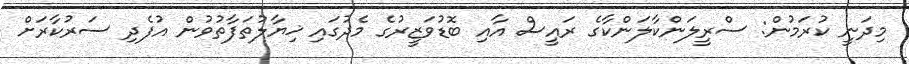
މިދަނީ ކުރަމުން: ސްރީލަންކާލަންކާގެ ރައީސް އާއި ބޮޑުވަޒީރުގެ މެދުގައި ޚިޔާލުތަފާތުވުން އުފެދި ސަރުކާރަށް